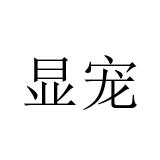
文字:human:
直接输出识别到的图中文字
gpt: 显宠